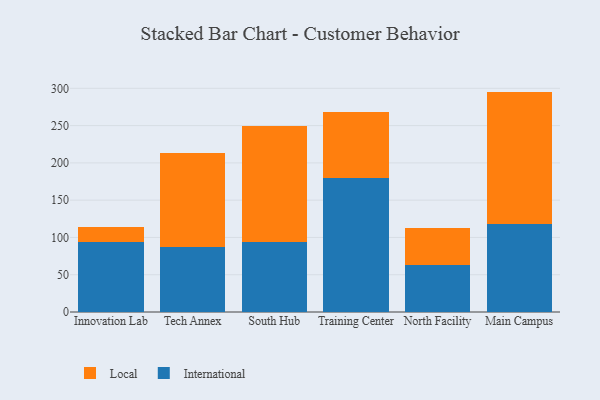
{"axis": {"x": "Campus", "y": "Budget (USD K)"}, "legend": ["International", "Local"], "data": [{"x": "Innovation Lab", "y": 93.9, "type": "International"}, {"x": "Innovation Lab", "y": 19.6, "type": "Local"}, {"x": "Tech Annex", "y": 86.8, "type": "International"}, {"x": "Tech Annex", "y": 126.9, "type": "Local"}, {"x": "South Hub", "y": 94.3, "type": "International"}, {"x": "South Hub", "y": 155.5, "type": "Local"}, {"x": "Training Center", "y": 179.2, "type": "International"}, {"x": "Training Center", "y": 88.7, "type": "Local"}, {"x": "North Facility", "y": 63.7, "type": "International"}, {"x": "North Facility", "y": 49.6, "type": "Local"}, {"x": "Main Campus", "y": 118.5, "type": "International"}, {"x": "Main Campus", "y": 177.1, "type": "Local"}]}